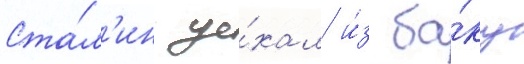
Ста́л'ин уе́хал и́з ба́ку